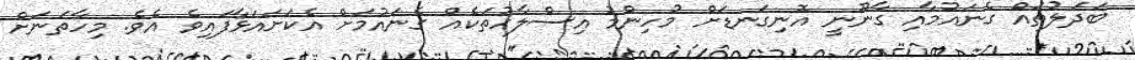
ބަދަލުތައް ގެނައުމާއި ގާނޫނީ އޮނިގަނޑަށް މުހިންމު އިސްލާހުތަކެއް ގެނައުމަށް އެކަށައަޅާފައިވެ އެވެ. މިހާތަނަށް